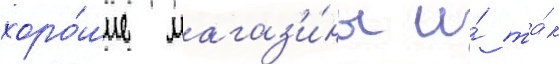
хоро́шие магаз'и́ны и́ та́к